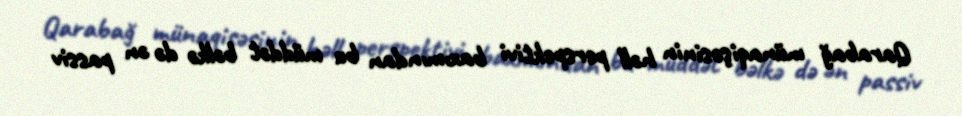
Qarabağ münaqişəsinin həll perspektivi baxımından bu müddət bəlkə də ən passiv